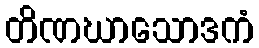
တိဏဃာသောဒကံ